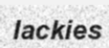
lackies